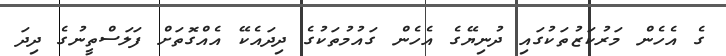
ގެ އެހެން މަރުކަޒުތަކުގައި ދުނިޔޭގެ އެހެން ގައުމުތަކުގެ ދިދައެކޭ އެއްގޮތަށް ފަލަސްތީނުގެ ދިދަ